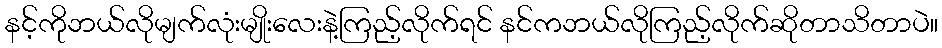
နင့်ကိုဘယ်လိုမျက်လုံးမျိုးလေးနဲ့ကြည့်လိုက်ရင် နင်ကဘယ်လိုကြည့်လိုက်ဆိုတာသိတာပဲ။